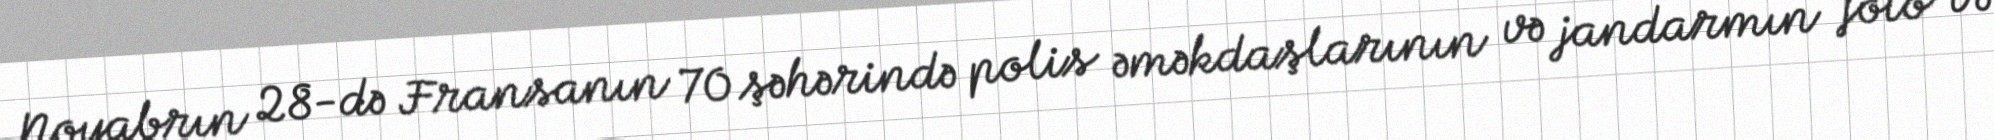
Noyabrın 28-də Fransanın 70 şəhərində polis əməkdaşlarının və jandarmın foto və